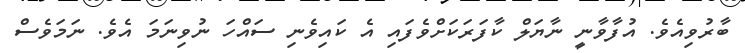
ބާރުވިއެވެ. އުފާވާނީ ނާޔަލް ކާފަރަކަށްވެފައި އެ ކައިވެނި ސައްހަ ނުވިނަމަ އެވެ. ނަމަވެސް